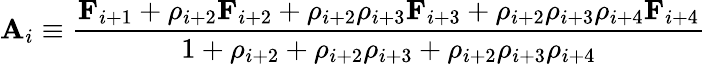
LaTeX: \mathbf{A}_{i}\equiv\frac{\mathbf{F}_{i+1}+\rho_{i+2}\mathbf{F}_{i+2}+\rho_{i+2}\rho_{i+3}\mathbf{F}_{i+3}+\rho_{i+2}\rho_{i+3}\rho_{i+4}\mathbf{F}_{i+4}}{1+\rho_{i+2}+\rho_{i+2}\rho_{i+3}+\rho_{i+2}\rho_{i+3}\rho_{i+4}}